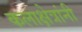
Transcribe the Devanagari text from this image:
कलाक्षेत्रांनी